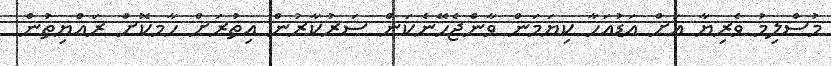
މުސްލިމު ވެރިޔާ އަށް އަޑުއަހާ ކިޔަމަން ވާންޖެހޭނެކަން ސަރުކާރުން އިތުރަށް ހާމކޮށް ރައްޔިތުން